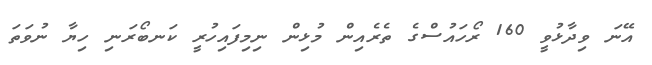
އޭނަ ވިދާޅުވީ 160 ރޯހައުސްގެ ތެރެއިން މުޅިން ނިމިފައިހުރީ ކަނބޯރަނި ހިޔާ ނުވަތަ